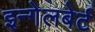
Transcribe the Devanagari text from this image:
इन्गेलबेर्ट